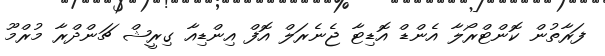
ފަރާތުން ކޮންޓްރޯލާ އެންޑް އޮޑިޓާ ޖެނެރަލް އޮފް އިންޑިއާ ގިރީޝް ޗަންދްރާ މުރްމޫ